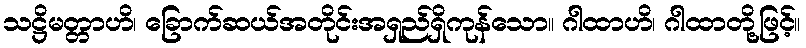
သဋ္ဌိမတ္တာဟိ၊ ခြောက်ဆယ်အတိုင်းအရှည်ရှိကုန်သော။ ဂါထာဟိ၊ ဂါထာတို့ဖြင့်။